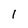
Character: 1